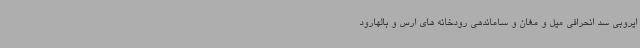
ایروبی سد انحرافی میل و مغان و ساماندهی رودخانه های ارس و بالهارود